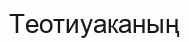
Теотиуаканың